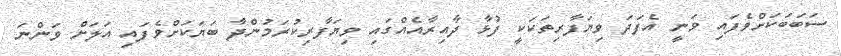
ސަބަބަކަށްވެފައި ވަނީ އެފަދަ ވިޔަފާރިތަކަކީ ފުޅާ ދާއިރާއެއްގައި ވިޔަފާރިކުރަމުންދާ ބަޔަކަށްވެފައި އަލަށް ވަންނަ